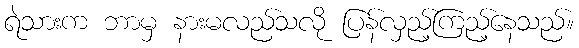
ရဲသားက ဘာမှ နားမလည်သလို ပြန်လှည့်ကြည့်နေသည်။